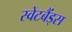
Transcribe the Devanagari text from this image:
स्वेटबैंड्स